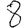
Digit: 8